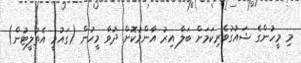
މި މީހުންގެ ޝައުގުވެރިކަމަށް ބަލާ އިރު އާންމުކޮށް ދުވާ މީހުން (ގައުމީ އެތުލީޓުން)